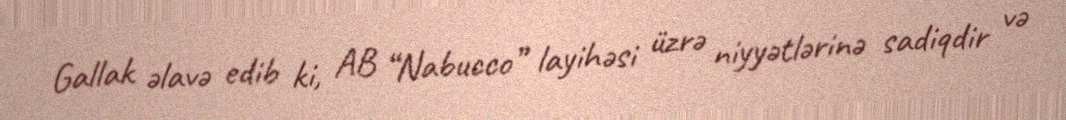
Gallak əlavə edib ki, AB “Nabucco” layihəsi üzrə niyyətlərinə sadiqdir və